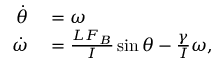
\begin{array} { r l } { \dot { \theta } } & { { } = \omega } \\ { \dot { \omega } } & { { } = \frac { L F _ { B } } { I } \sin { \theta } - \frac { \gamma } { I } \omega , } \end{array}